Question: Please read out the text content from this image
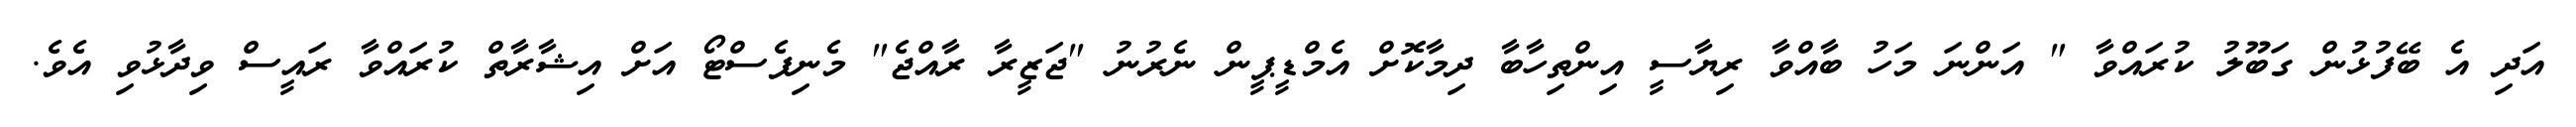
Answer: އަދި އެ ބޭފުޅުން ގަބޫލު ކުރައްވާ " އަންނަ މަހު ބާއްވާ ރިޔާސީ އިންތިހާބާ ދިމާކޮށް އެމްޑީޕީން ނެރުނު "ޖަޒީރާ ރާއްޖެ" މެނިފެސްޓޯ އަށް އިޝާރާތް ކުރައްވާ ރައީސް ވިދާޅުވި އެވެ.